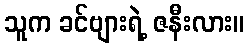
သူက ခင်ဗျားရဲ့ ဇနီးလား။